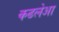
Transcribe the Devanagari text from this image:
कढलेआ